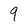
Character: 9